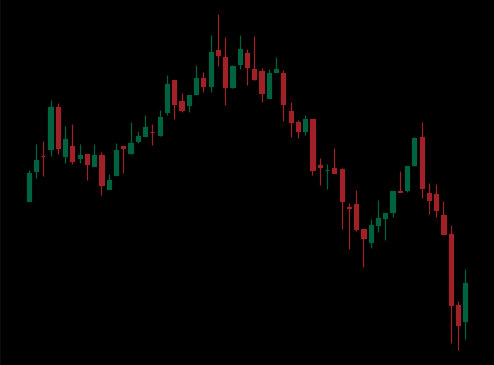
Pattern: head_shoulders